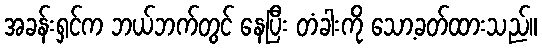
အခန်းရှင်က ဘယ်ဘက်တွင် နေပြီး တံခါးကို သော့ခတ်ထားသည်။